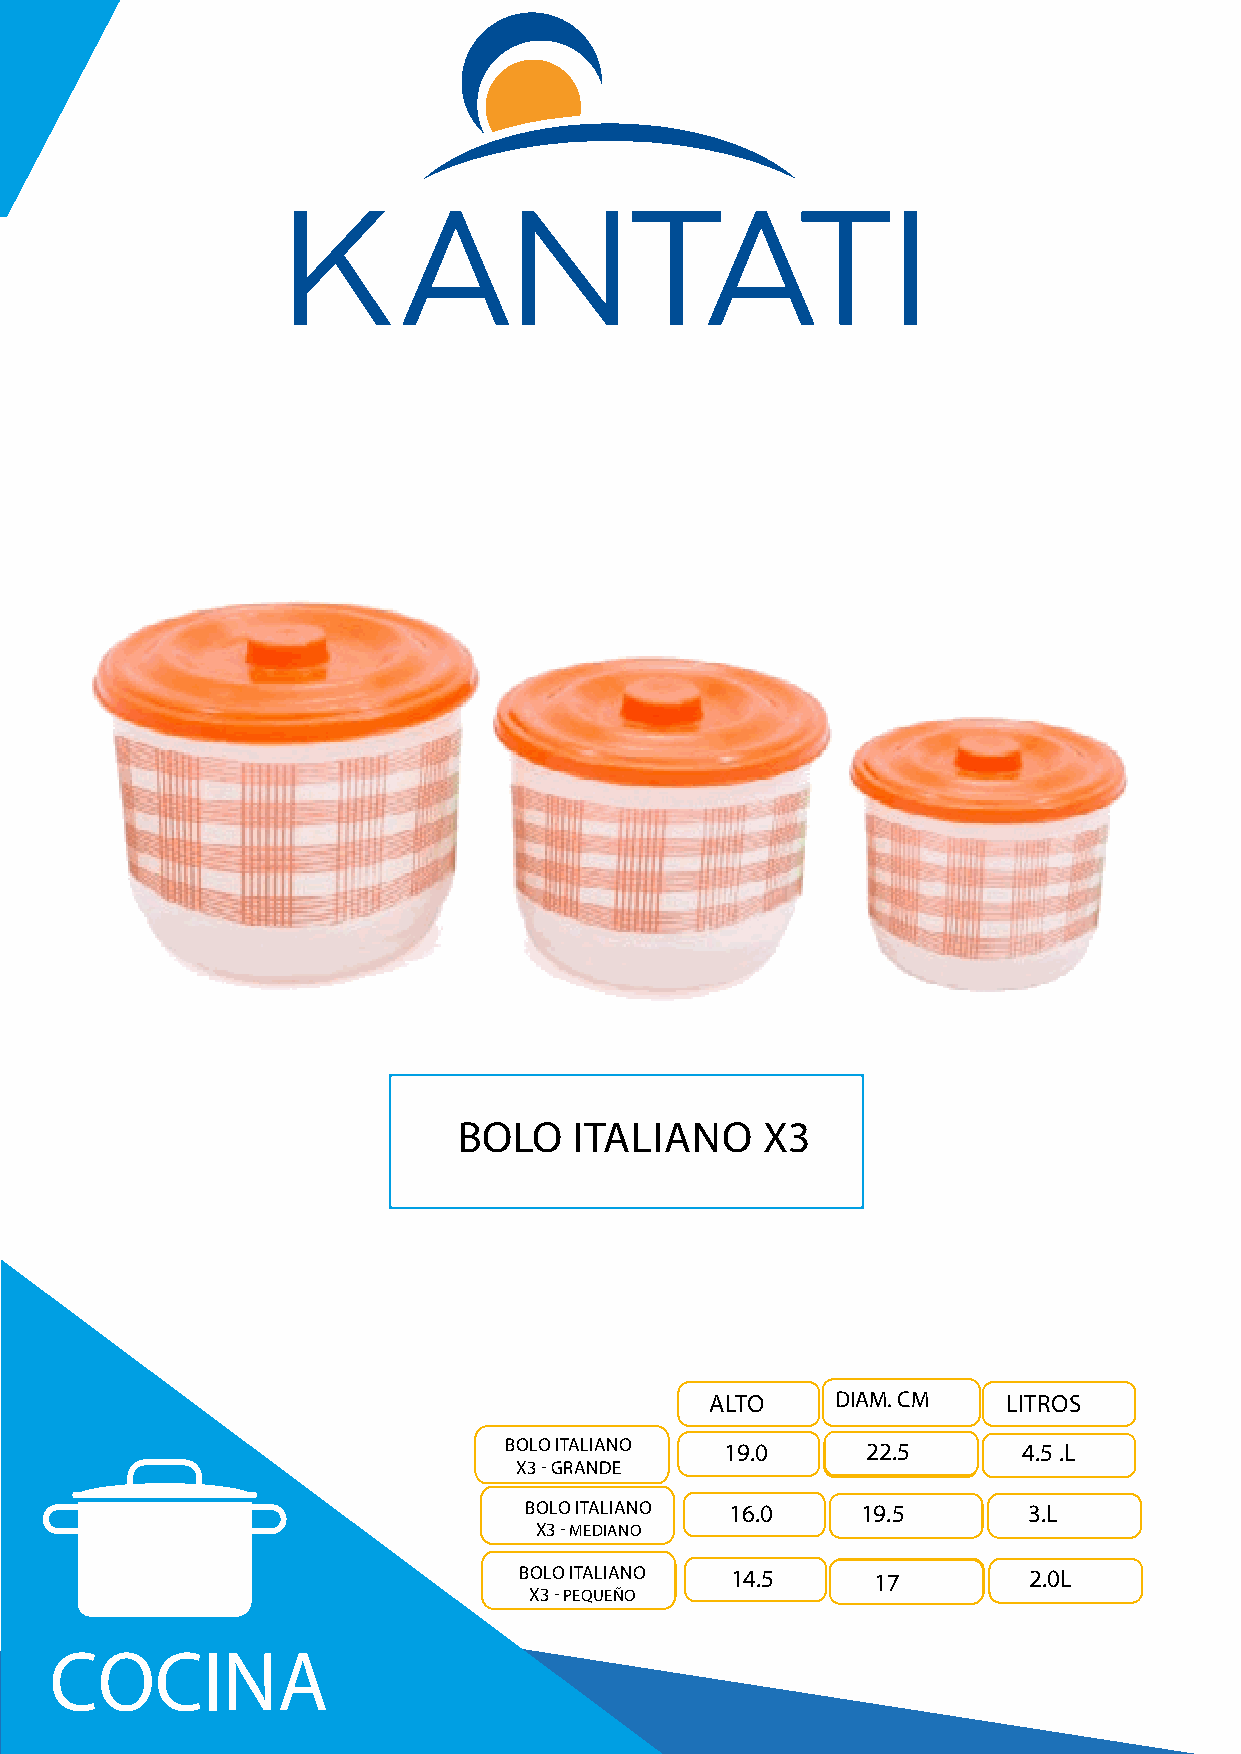
BOLO    ITALIANO    X3
 ALTO    D DIAIMM.. CCMM LITROS
 BOLO ITALIANO  19.0     22.225.5   4.5 .L
 X3 - GRANDE
 BOLO ITALIANO 16.0    19.5       3.L
 X3 - MEDIANO
 BOLO ITALIANO 14.5     1187       2.0L
 X3 - PEQUEÑO
 COCINA